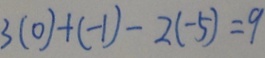
3 ( 0 ) + ( - 1 ) - 2 ( - 5 ) = 9